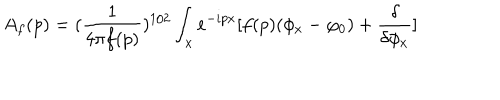
A _ { f } ( p ) = ( { \frac { 1 } { 4 \pi f ( p ) } } ) ^ { 1 / 2 } \int _ { x } e ^ { - i p x } [ f ( p ) ( \phi _ { x } - \varphi _ { 0 } ) + { \frac { \delta } { \delta \phi _ { x } } } ]